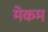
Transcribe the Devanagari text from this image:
मेकम